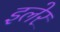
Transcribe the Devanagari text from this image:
इलेर